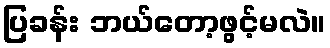
ပြခန်း ဘယ်တော့ဖွင့်မလဲ။